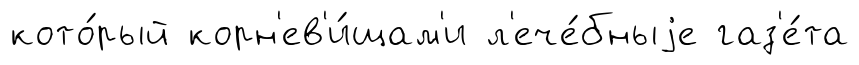
кото́рый корн'ев'и́щам'и л'ече́бныjе газ'е́та